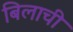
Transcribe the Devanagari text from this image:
बिलाची